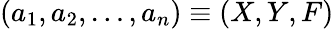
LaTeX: (a_{1},a_{2},\dots,a_{n})\equiv(X,Y,F)